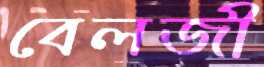
বেলজী